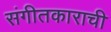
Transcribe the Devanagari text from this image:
संगीतकाराची